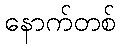
နောက်တစ်